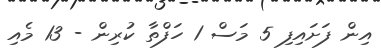
އިން ފަށައިފި 5 މަސް 1 ހަފްތާ ކުރިން - 13 މެއި